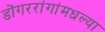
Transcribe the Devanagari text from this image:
डोंगररांगांमधल्या